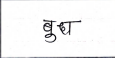
मजकूर: बुध